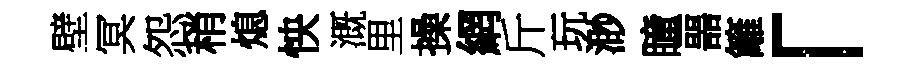
壁冥怨稍熄怏溉里操網斤玩渺瞳噐籬「